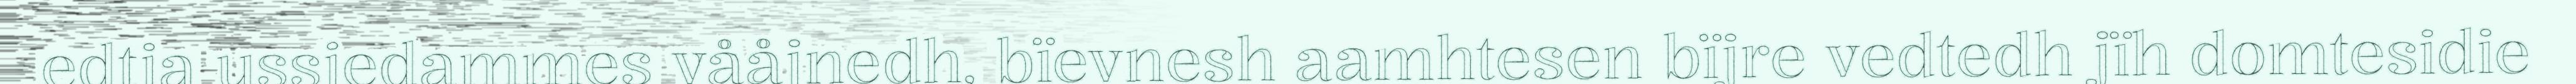
edtja ussjedammes vååjnedh, bïevnesh aamhtesen bïjre vedtedh jïh domtesidie